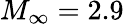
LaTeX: M_{\infty}=2.9